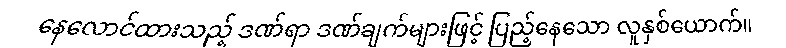
နေလောင်ထားသည့် ဒဏ်ရာ ဒဏ်ချက်များဖြင့် ပြည့်နေသော လူနှစ်ယောက်။